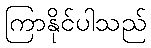
ကြာနိုင်ပါသည်